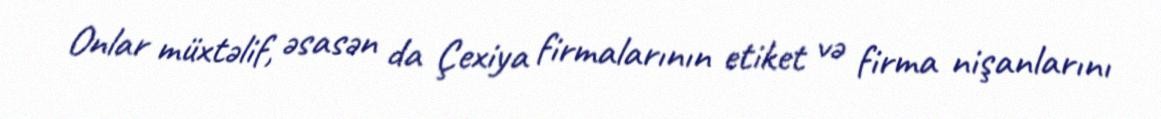
Onlar müxtəlif, əsasən da Çexiya firmalarının etiket və firma nişanlarını